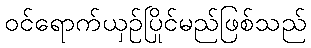
ဝင်ရောက်ယှဉ်ပြိုင်မည်ဖြစ်သည်